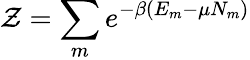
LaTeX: \mathcal{Z}=\sum_{m}e^{-\beta(E_{m}-\mu N_{m})}